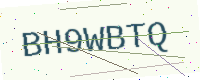
Text: BH9WBTQ